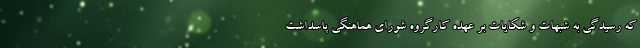
که رسیدگی به شبهات و شکایات بر عهده کارگروه شورای هماهنگی پاسداشت